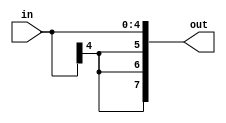
// Extends sign bit
//
// 0 ---------> 0
// 1 ---------> 1
// 1 ---------> 1
//    \-------> 1
//     \------> 1
//
// 110 -> 11110
module sign_extender 
    #(
        parameter WIN = 5,
                    WOUT = 8)
    (
        input [WIN-1:0] in,
        output [WOUT-1:0] out);

// Extend bits
localparam EXT_B = WOUT - WIN;

assign out = {{EXT_B{in[WIN-1]}}, in};
endmodule